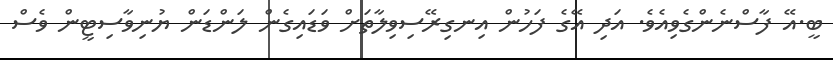
ބީ.އޭ ފާސްނެންގެވިއެވެ. އަދި އޭގެ ފަހުން އިނގިރޭސިވިލާތަށް ވަޑައިގެން ލަންޑަން ޔުނިވާސިޓީން ވެސް